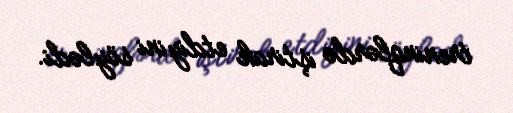
treninqlərdə iştirak etdiyini söylədi.